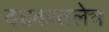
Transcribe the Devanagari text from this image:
दशकातलेच